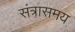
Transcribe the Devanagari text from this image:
संत्रासमय